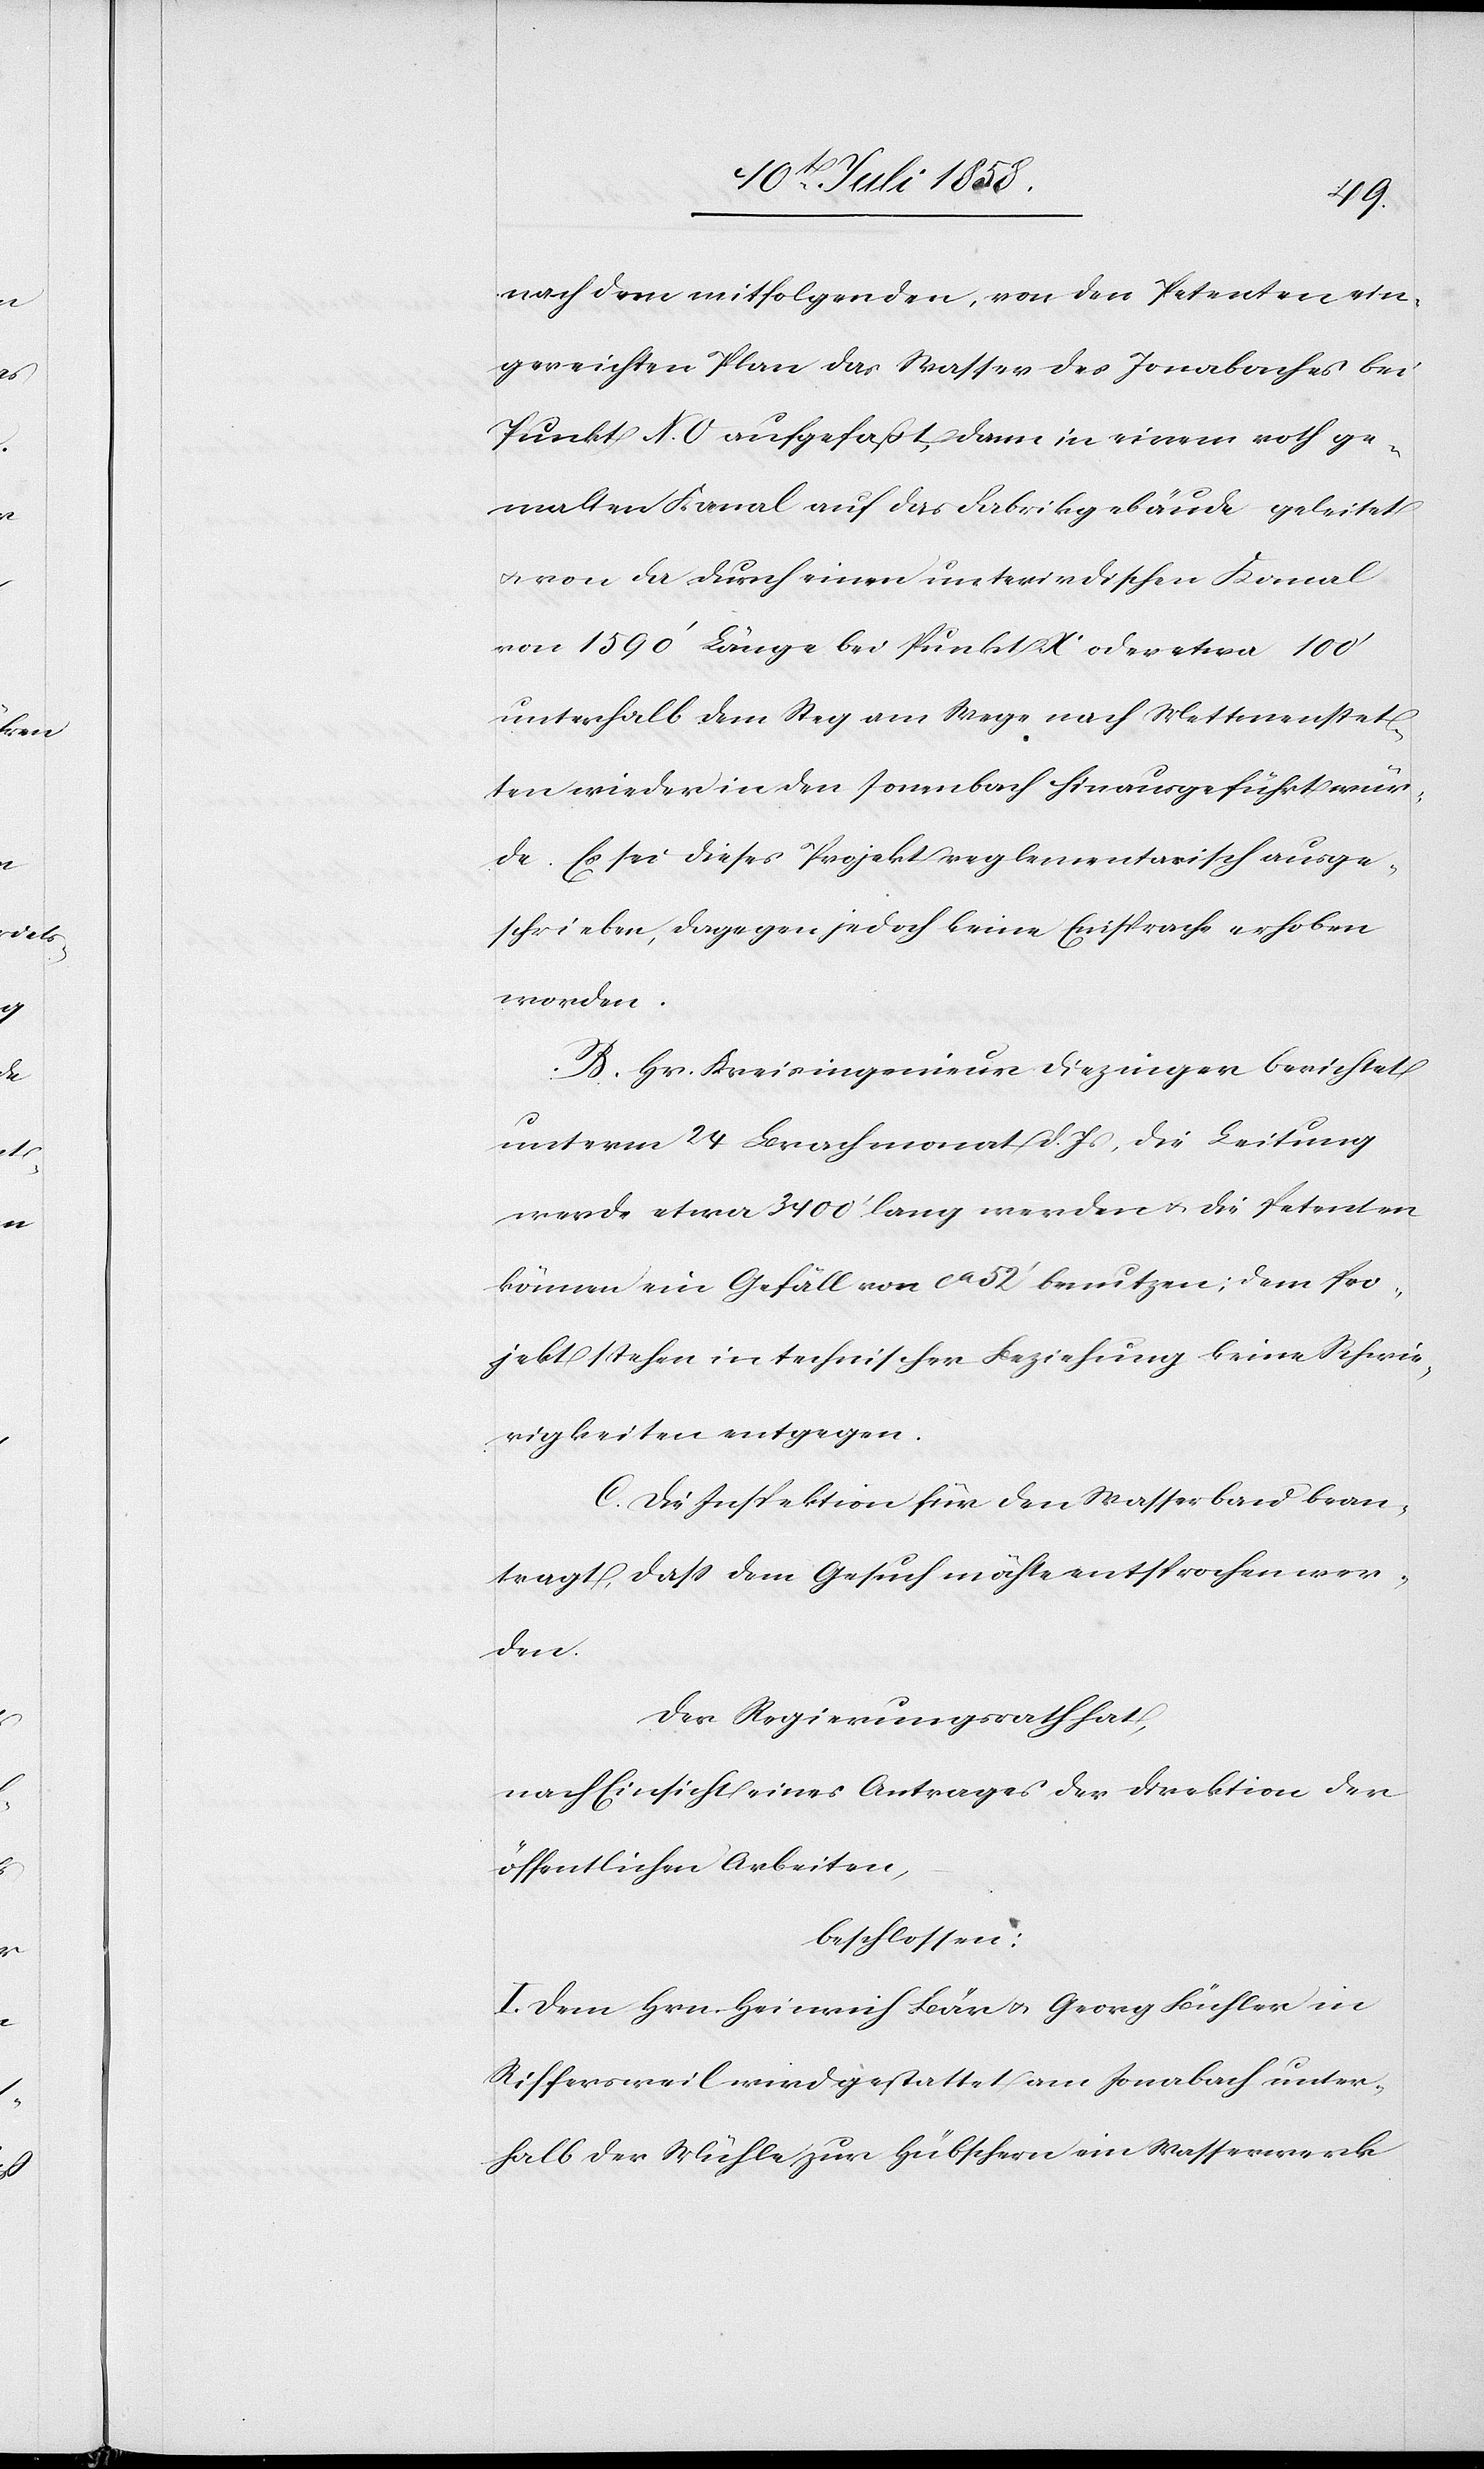
nach dem mitfolgenden, von den Petenten ein¬
gereichten Plan das Wasser des Jonabaches bei
Punkt N. 0 aufgefaßt, dann in einem roth ge¬
malten Kanal auf das Fabrikgebäude geleitet
& von da durch einen unterirdischen Kanal
von 1590‘ Länge bei Punkt X oder etwa 100‘
unterhalb dem Steg am Wege nach Mettmenstet¬
ten wieder in den Jonenbach hinausgeführt wür¬
de. Es sei dieses Projekt reglementarisch ausge¬
schrieben, dagegen jedoch keine Einsprache erhoben
worden.
B. Hr. Kreisingenieur Diezinger berichtet
unterm 24 Brachmonat d. Js, die Leitung
werde etwa 3400‘ lang werden & die Petenten
können ein Gefäll von ca 52‘ benutzen; dem Pro¬
jekt stehen in technischer Beziehung keine Schwie¬
rigkeiten entgegen.
C. Die Inspektion für den Wasserbau bean¬
tragt, dass dem Gesuch möchte entsprochen wer¬
den.
Der Regierungsrath hat,
nach Einsicht eines Antrages der Direktion der
öffentlichen Arbeiten,
beschlossen:
I. Dem Hrn. Heinrich Bär & Georg Bühler in
Riffersweil wird gestattet am Jonabach unter¬
halb der Mühle zur Hübschern ein Wasserwerk